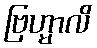
ဗြဟ္မာလိ